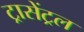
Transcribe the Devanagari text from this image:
ट्रासेंट्रल